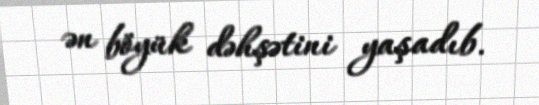
ən böyük dəhşətini yaşadıb.